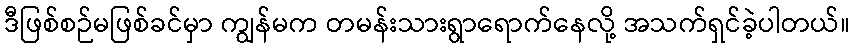
ဒီဖြစ်စဉ်မဖြစ်ခင်မှာ ကျွန်မက တမန်းသားရွာရောက်နေလို့ အသက်ရှင်ခဲ့ပါတယ်။